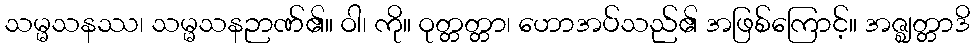
သမ္မသနဿ၊ သမ္မသနဉာဏ်၏။ ဝါ၊ ကို။ ဝုတ္တတ္တာ၊ ဟောအပ်သည်၏ အဖြစ်ကြောင့်။ အဇ္ဈတ္တာဒိ